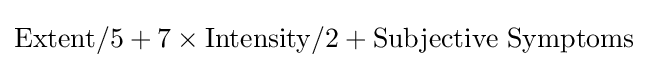
{\text{Extent}}/5+7\times {\text{Intensity}}/2+{\text{Subjective Symptoms}}